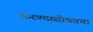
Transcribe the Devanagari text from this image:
करण्यासोबतचा